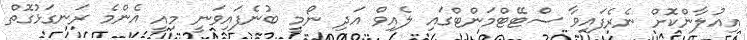
އިއުލާންކޮށް ނެރެފައިވާ ސްޓޭޓްމަންޓްގައި ލެއިވް އަދި ނޯމީ ބުނެފައިވަނީ މިއީ އެންމެ ރަނގަޅުގޮތް